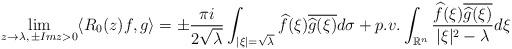
LaTeX: \begin{align*}\lim_{z\rightarrow\lambda,\,\pm Imz>0}\langle R_0(z)f,g\rangle=\pm\frac{\pi i}{2\sqrt{\lambda}}\int_{|\xi|=\sqrt{\lambda}}\widehat{f}(\xi)\overline{\widehat{g}(\xi)}d\sigma+p.v.\int_{\mathbb{R}^n}\frac{\widehat{f}(\xi)\overline{\widehat{g}(\xi)}}{|\xi|^2-\lambda}d\xi\end{align*}